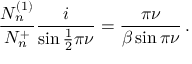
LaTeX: \frac { N _ { n } ^ { ( 1 ) } } { N _ { n } ^ { + } } \frac { i } { \sin \frac { 1 } { 2 } \pi \nu } = \frac { \pi \nu } { \beta \sin \pi \nu } \, .